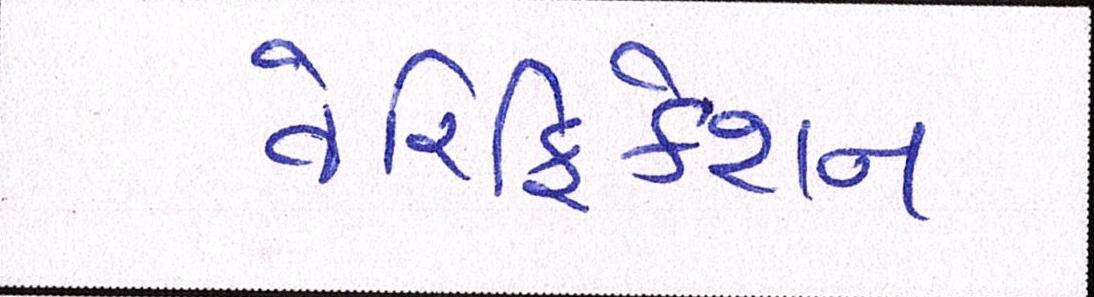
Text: વેરિફિકેશન